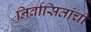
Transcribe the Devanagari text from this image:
निर्वासितांची